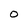
Character: O